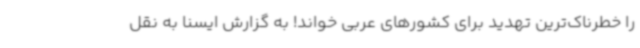
را خطرناک‌ترین تهدید برای کشورهای عربی خواند! به گزارش ایسنا به نقل